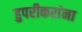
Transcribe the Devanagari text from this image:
हुपरीकरांना